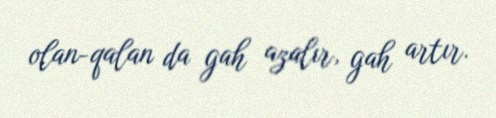
olan-qalan da gah azalır, gah artır.